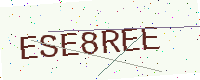
Text: ESE8REE